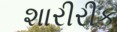
શારીરીક